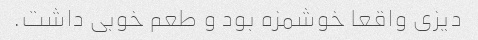
دیزی‌ واقعا خوشمزه بود و طعم خوبی داشت.